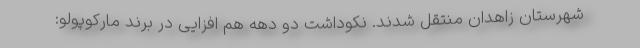
شهرستان زاهدان منتقل شدند. نکوداشت دو دهه هم افزایی در برند مارکوپولو: